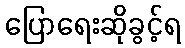
ပြောရေးဆိုခွင့်ရ